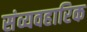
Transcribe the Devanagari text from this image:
संव्यवहारिक